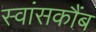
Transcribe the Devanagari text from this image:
स्वांसकौंब